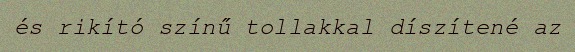
és rikító színű tollakkal díszítené az